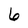
Character: 6